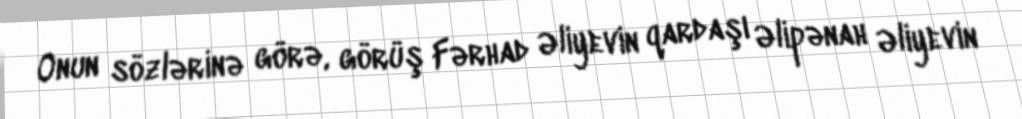
Onun sözlərinə görə, görüş Fərhad Əliyevin qardaşı Əlipənah Əliyevin